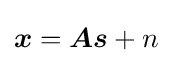
{\boldsymbol {x}}={\boldsymbol {A}}{\boldsymbol {s}}+n